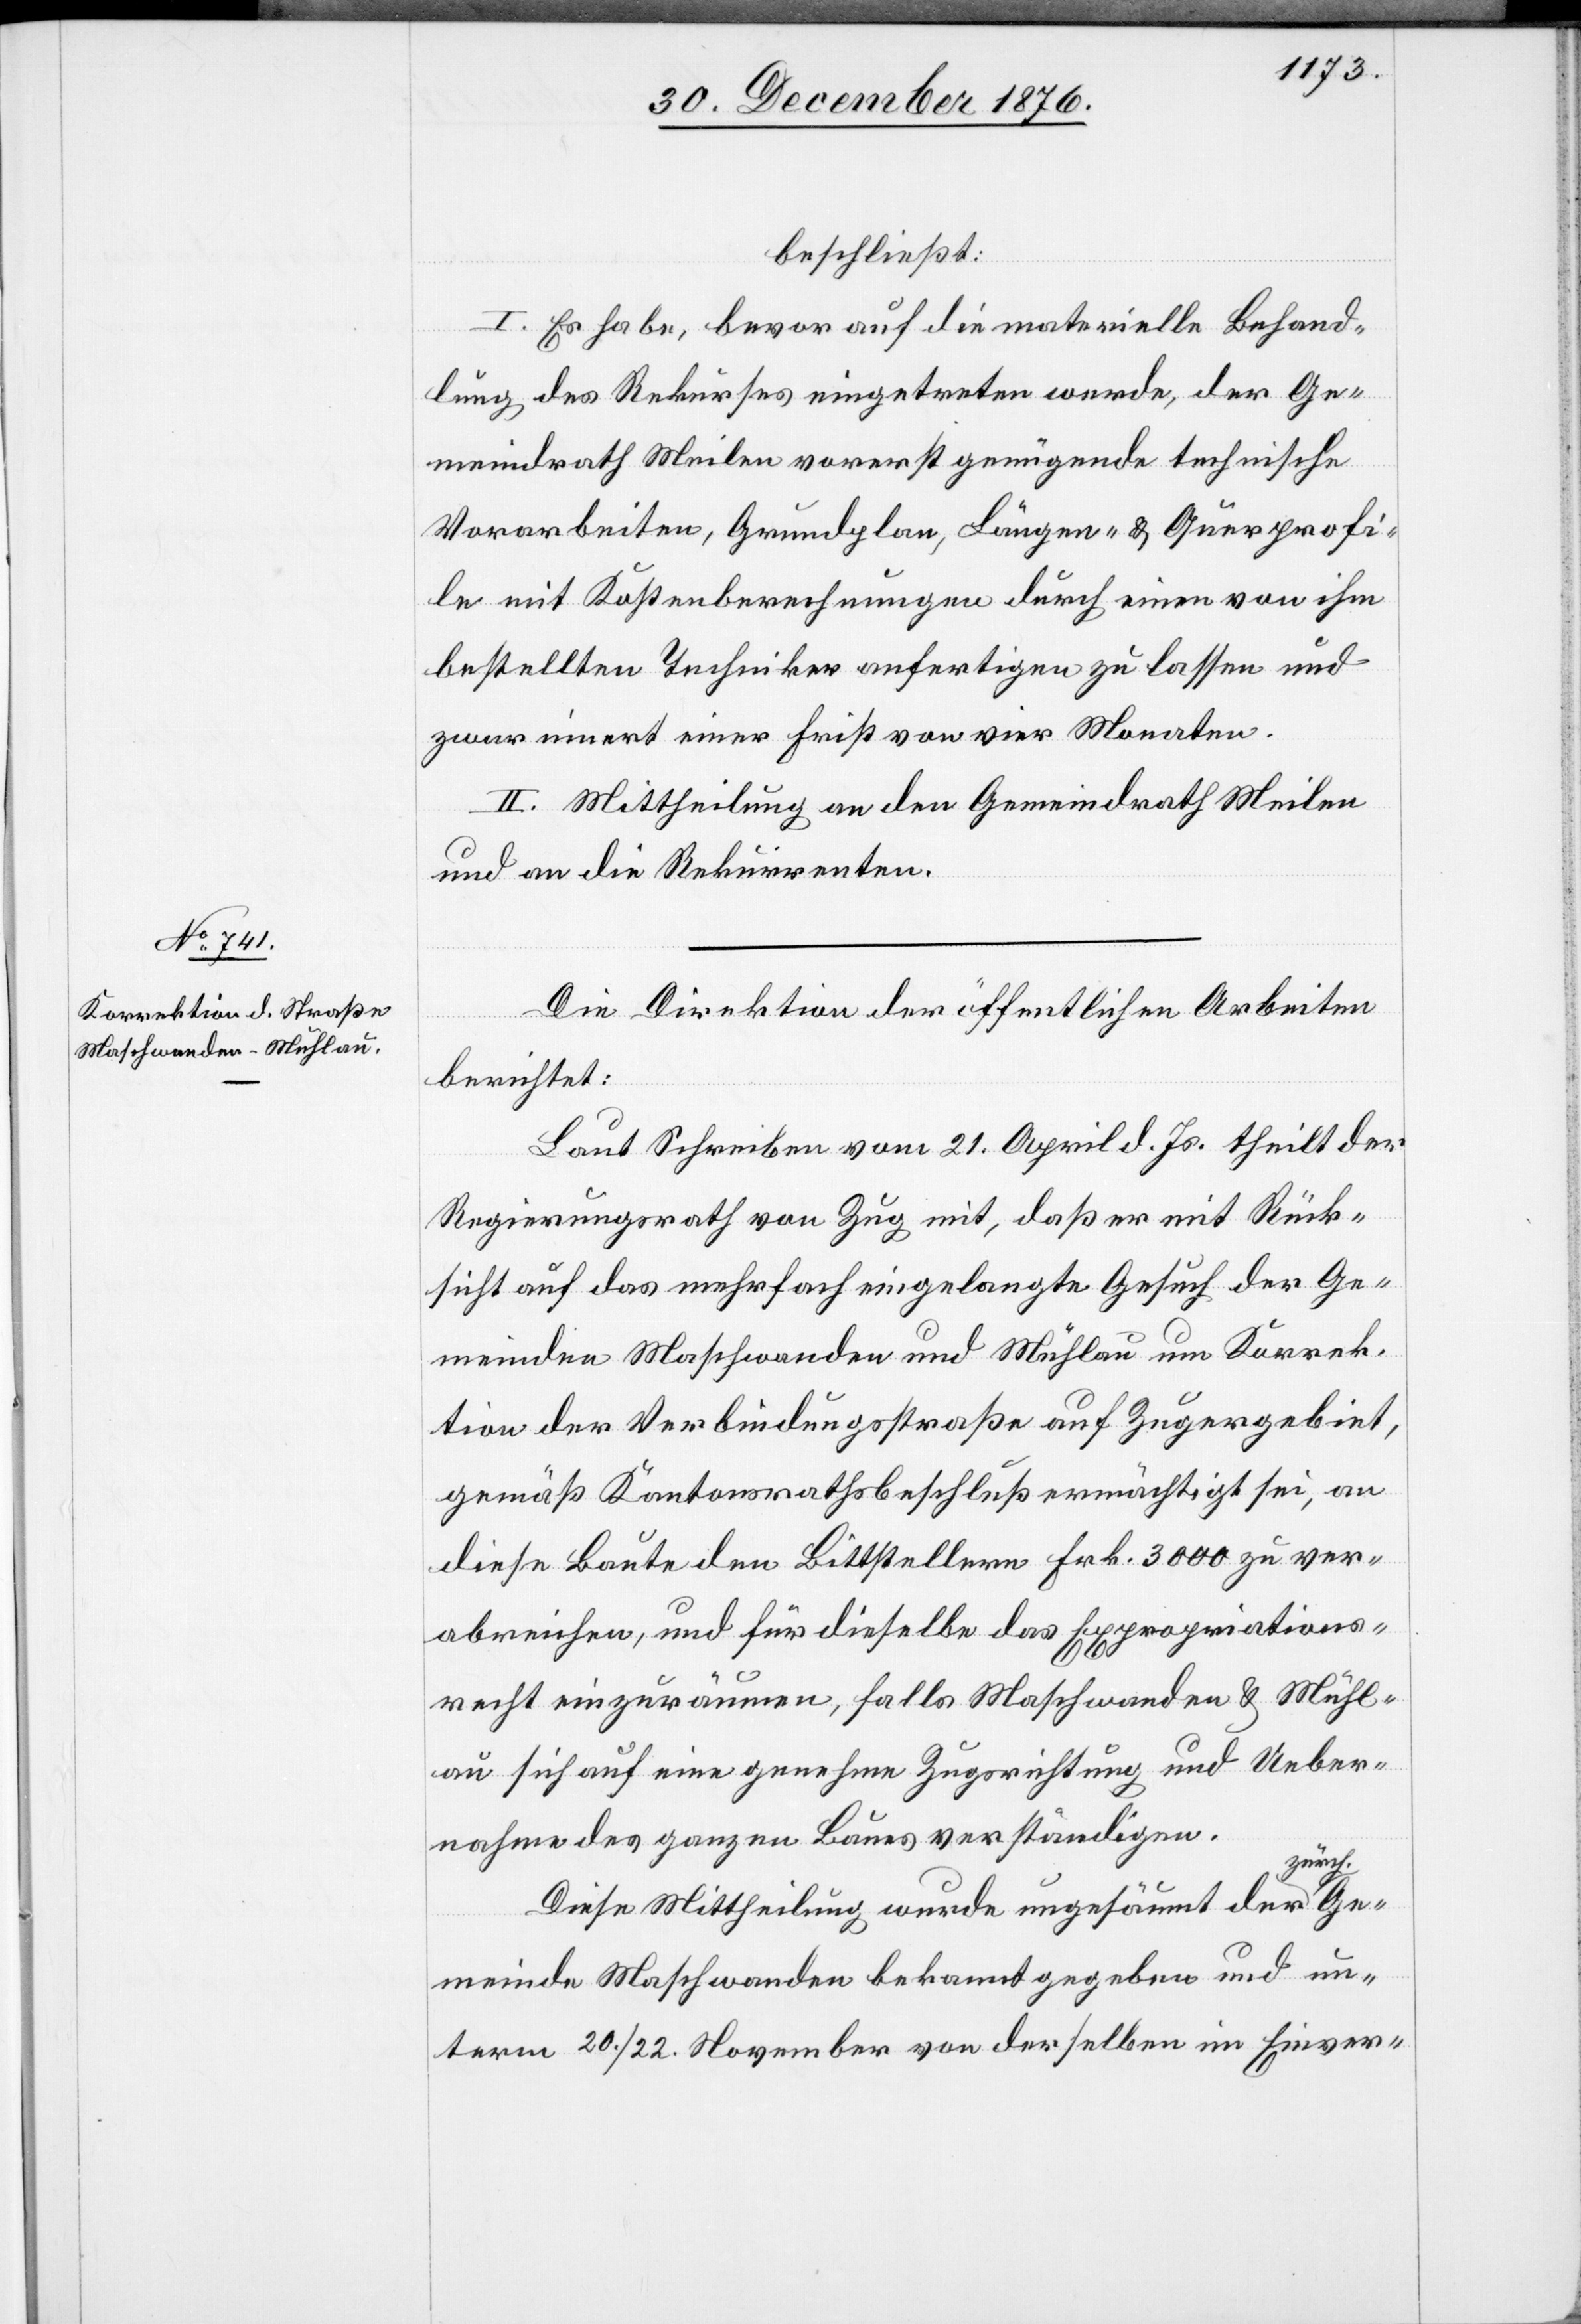
beschließt:
I. Es habe, bevor auf die materielle Behand¬
lung des Rekurses eingetreten werde, der Ge¬
meindrath Meilen vorerst genügende technische
Vorarbeiten, Grundplan, Längen- & Querprofi¬
le mit Kostenberechnungen durch einen von ihm
bestellten Techniker anfertigen zu lassen und
zwar innert einer Frist von vier Monaten.
II. Mittheilung an den Gemeindrath Meilen
und an die Rekurrenten.
Die Direktion der öffentlichen Arbeiten
berichtet:
Laut Schreiben vom 21. April d. Js. theilt der
Regierungsrath von Zug mit, daß er mit Rück¬
sicht auf das mehrfach eingelangte Gesuch der Ge¬
meinden Maschwanden und Mühlau um Korrek¬
tion der Verbindungsstraße auf Zugergebiet,
gemäß Kantonsrathsbeschluß ermächtigt sei, an
diese Baute den Bittstellern Frk. 3000 zu ver¬
abreichen, und für dieselbe das Expropriations¬
recht einzuräumen, falls Maschwanden & Mühl¬
au sich auf eine genehme Zugsrichtung und Ueber¬
nahme des ganzen Baues verständigen.
Ge¬
Diese Mittheilung wurde ungesäumt der zü¬
meinde Maschwanden bekanntgegeben und un¬
term 20./22. November von derselben im Einver-